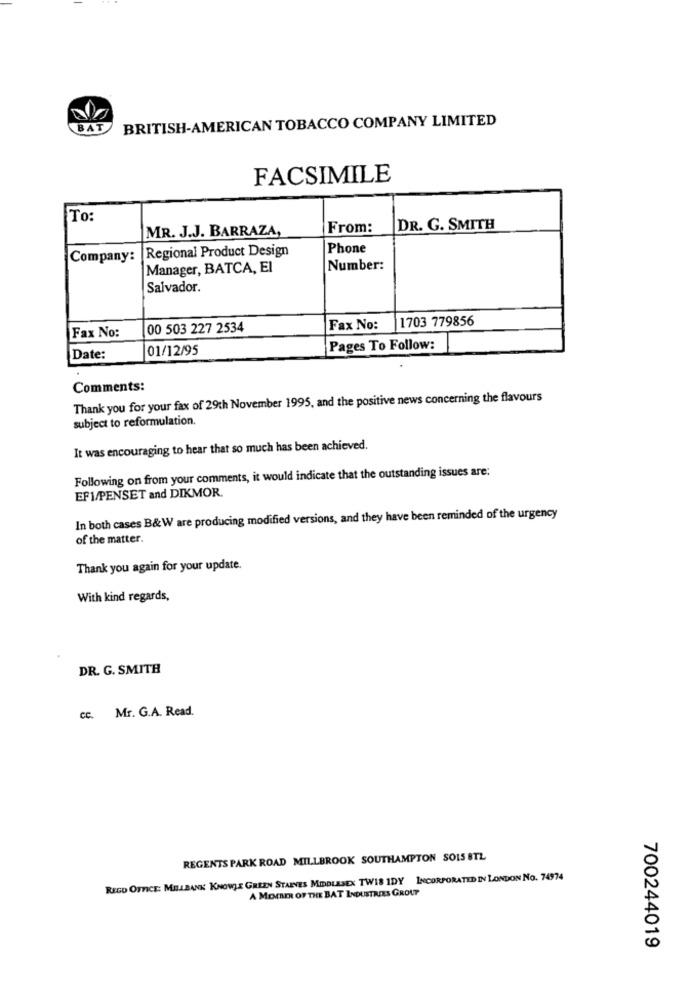
BRITISH-AMERICAN TOBACCO COMPANY LIMITED
BA
FACSIMILE
To:
MR. J.J. BARRAZA,
From:
DR. G. SMITH
Regional Product Design
Phone
Company:
Manager, BATCA, El
Number:
Salvador.
1703 779856
Fax No:
00 503 227 2534
Fax No:
01/12/95
Pages To Follow:
Date:
Comments:
Thank you for your fax of 29th November 1995, and the positive news concerning the flavours
subject to reformulation.
It was encouraging to hear that so much has been achieved.
Following on from your comments, it would indicate that the outstanding issues are:
EFI/PENSET and DIKMOR.
In both cases B&W are producing modified versions, and they have been reminded of the urgency
of the matter.
Thank you again for your update.
With kind regards,
DR. G. SMITH
cc. Mr. G.A. Read.
REGENTS PARK ROAD MILLBROOK SOUTHAMPTON SOLS 8TL
REGO OFFICE: MELLBANK KNOWLE GREEN STARVES MIDDLESEX TWIS IDY INCORPORATED IN LONDON No. 74974
A MEMBER OF THE BAT INDUSTRIES GROUP
700244019